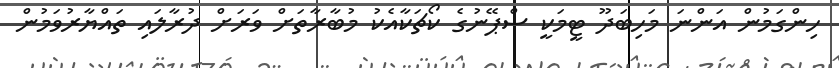
ހިންގަމުން އަންނަ މަހިބަދޫ ޓީމަކީ ސްޕޭނުގެ ކޯޗަކާއެކު މުބާރާތަށް ވަރަށް ދުރާލައި ތައްޔާރުވަމުން